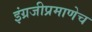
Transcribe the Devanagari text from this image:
इंग्रजीप्रमाणेच